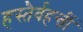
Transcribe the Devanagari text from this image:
हस्तैर्वहन्तीं